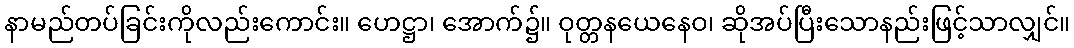
နာမည်တပ်ခြင်းကိုလည်းကောင်း။ ဟေဋ္ဌာ၊ အောက်၌။ ဝုတ္တနယေနေဝ၊ ဆိုအပ်ပြီးသောနည်းဖြင့်သာလျှင်။